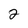
Character: 2